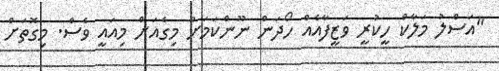
"އަސްލު މަލާކް ހީކުރީ ވަޒީފާއެއް ހޯދަން ނޫންކަމަށް މިގެއަށް މިއައީ ވެސް. މިގޮތަށް